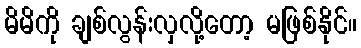
မိမိကို ချစ်လွန်းလှလို့တော့ မဖြစ်နိုင်။